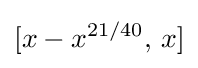
[x-x^{21/40},\,x]